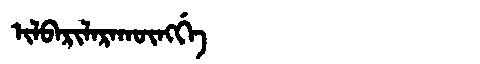
Manchu: ᡳᠯᠪᠠᡵᡳᠯᠠᡵᠠᡴᡡᠩᡤᡝ
Romanization: ILBARILARAKŪNGGE